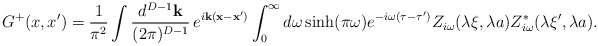
\begin{align*}G^{+}(x,x')= \frac{1}{\pi ^2}\int \frac{d^{D-1}{\mathbf k}}{(2\pi )^{D-1}}\,e^{i{\mathbf k}({\mathbf x}-{\mathbf x'})}\int_{0}^{\infty }d\omega \sinh (\pi\omega ) e^{-i\omega (\tau -\tau ')}Z_{i\omega }(\lambda \xi ,\lambda a)Z_{i\omega }^{*}(\lambda \xi ',\lambda a) . \end{align*}